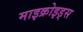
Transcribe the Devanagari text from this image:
माइक्रोइड्स